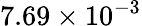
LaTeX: {7.69\times 10^{-3}}